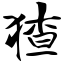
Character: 猹